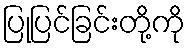
ပြုပြင်ခြင်းတို့ကို